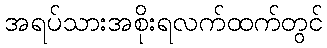
အရပ်သားအစိုးရလက်ထက်တွင်